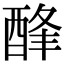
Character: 𨡃